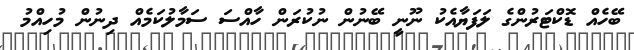
ބޭހެއް ޑޮކްޓަރުންގެ ލަފަޔާއެކު ނޫނީ ބޭނުން ނުކުރަން ހާއްސަ ސަމާލުކަމެއް ދިނުން މުހިއްމު